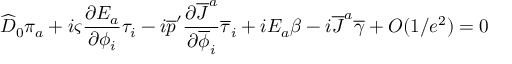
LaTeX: \widehat { D } _ { 0 } \pi _ { a } + i \varsigma { \frac { \partial E _ { a } } { \partial \phi _ { i } } } \tau _ { i } - i \overline { { { p } } } ^ { \prime } { \frac { \partial \overline { { { J } } } ^ { a } } { \partial \overline { { { \phi } } } _ { i } } } \overline { { { \tau } } } _ { i } + i E _ { a } \beta - i \overline { { { J } } } ^ { a } \overline { { { \gamma } } } + { \cal O } ( 1 / e ^ { 2 } ) = 0